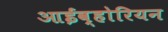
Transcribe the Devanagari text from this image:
आईव्होरियन